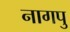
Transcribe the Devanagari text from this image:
नागपु